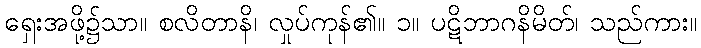
ရှေးအဖို့၌သာ။ စလိတာနိ၊ လှုပ်ကုန်၏။ ၁။ ပဋိဘာဂနိမိတ်၊ သည်ကား။